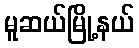
မူဆယ်မြို့နယ်